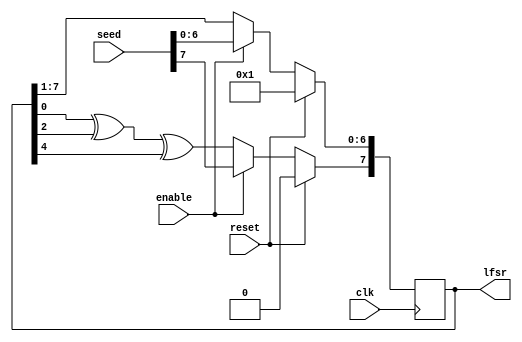
module two_tap_lfsr #(parameter tap_one = 2,
                      parameter tap_two = 4) (
                      input clk,
                      input [7:0] seed,
                      input enable,
                      input reset,
                      output reg [7:0] lfsr
                      );
           
  always @(posedge(clk)) begin
        if (reset) begin
            lfsr <= 8'b00000001;
        end
        else if (enable) begin
            lfsr <= seed;
        end
        else begin
            lfsr[6:0] <= lfsr >> 1;
            lfsr[7] <= lfsr[0] ^ lfsr[tap_one] ^ lfsr [tap_two];
        end
    end
endmodule